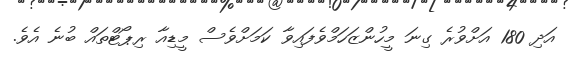
އަދި 180 އަށްވުރެ ގިނަ މީހުންޒަހަމްވެފައިވާ ކަމަށްވެސް މީޑިއާ ރިޕޯޓްތައް ބުނެ އެވެ.